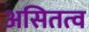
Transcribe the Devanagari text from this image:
असितत्व